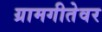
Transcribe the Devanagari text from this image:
ग्रामगीतेवर